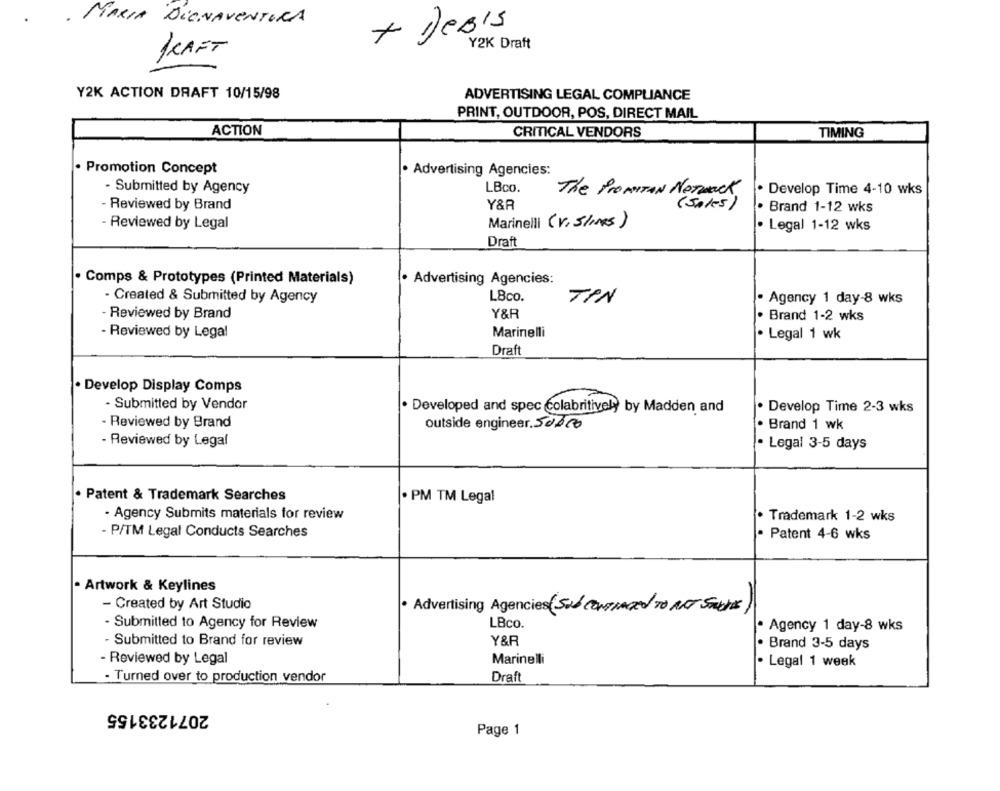
MARIA DiGNAVENTURA
+ DeBIS
Y2K Draft
KRAFT
Y2K ACTION DRAFT 10/15/98
ADVERTISING LEGAL COMPLIANCE
PRINT, OUTDOOR, POS, DIRECT MAIL
ACTION
CRITICAL VENDORS
TIMING
. Promotion Concept
. Advertising Agencies:
- Submitted by Agency
LBco.
. Develop Time 4-10 wks
The ProMITAN NOTMECK
- Reviewed by Brand
Y&R
( sales )
Brand 1-12 wks
- Reviewed by Legal
Marinelli (V. 5lines)
Legal 1-12 wks
Draft
. Comps & Prototypes (Printed Materials)
· Advertising Agencies:
- Created & Submitted by Agency
LBco.
TIN
· Agency 1 day-8 wks
- Reviewed by Brand
Y&R
· Brand 1-2 wks
- Reviewed by Legal
Marinelli
· Legal 1 wk
Draft
. Develop Display Comps
- Submitted by Vendor
· Developed and spec colabritively by Madden and
. Develop Time 2-3 wks
- Reviewed by Brand
outside engineer.5déc
· Brand 1 wk
- Reviewed by Legal
· Legal 3-5 days
. Patent & Trademark Searches
. PM TM Legal
- Agency Submits materials for review
· Trademark 1-2 wks
- P/TM Legal Conducts Searches
Patent 4-6 wks
· Artwork & Keylines
- Created by Art Studio
· Advertising Agencies (Sub CONTRADed TO NOT STUDIES)
- Submitted to Agency for Review
LBco.
Agency 1 day-8 wks
Y&R
- Submitted to Brand for review
Brand 3-5 days
- Reviewed by Legal
Marinelli
Legal 1 week
..
- Turned over to production vendor
Draft
2071233155
Page 1